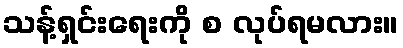
သန့်ရှင်းရေးကို စ လုပ်ရမလား။